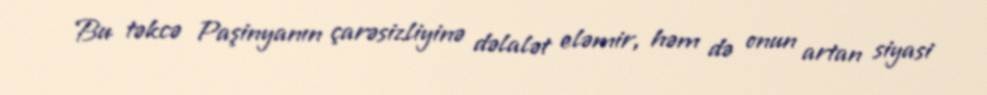
Bu təkcə Paşinyanın çarəsizliyinə dəlalət eləmir, həm də onun artan siyasi